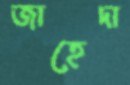
জাহেদা